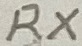
Text: RX